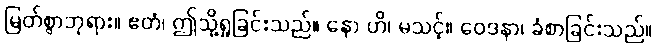
မြတ်စွာဘုရား။ ဧတံ၊ ဤသို့ရှုခြင်းသည်။ နော ဟိ၊ မသင့်။ ဝေဒနာ၊ ခံစာခြင်းသည်။